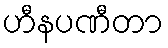
ဟီနပဏီတာ